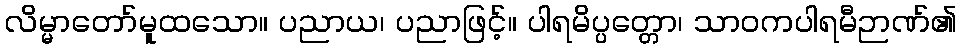
လိမ္မာတော်မူထသော။ ပညာယ၊ ပညာဖြင့်။ ပါရမိပ္ပတ္တော၊ သာဝကပါရမီဉာဏ်၏